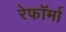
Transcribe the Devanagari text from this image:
रेफॉर्मा